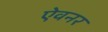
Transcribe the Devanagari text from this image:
ऐवनर